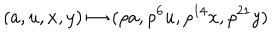
( a , u , x , y ) \mapsto ( \rho a , \rho ^ { 6 } u , \rho ^ { 1 4 } x , \rho ^ { 2 1 } y )